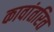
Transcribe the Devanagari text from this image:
कावांतरित